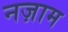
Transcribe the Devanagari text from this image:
नज़ाम